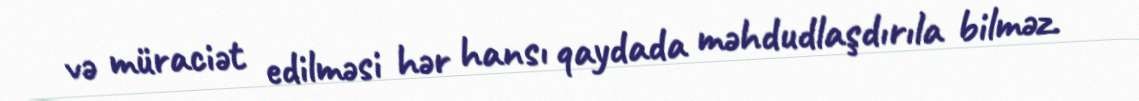
və müraciət edilməsi hər hansı qaydada məhdudlaşdırıla bilməz.